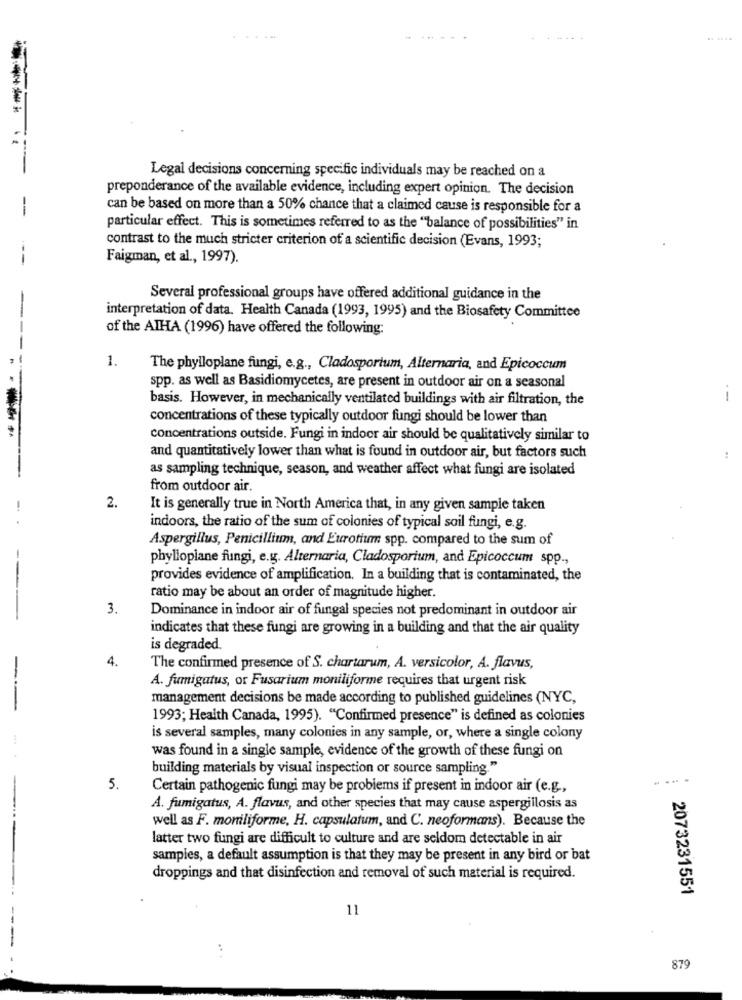
Legal decisions concerning specific individuals may be reached on a
preponderance of the available evidence, including expert opinion. The decision
can be based on more than a 50% chance that a claimed cause is responsible for a
--
particular effect. This is sometimes referred to as the ""balance of possibilities" in
contrast to the much stricter criterion of a scientific decision (Evans, 1993;
---
Faigman, et al ., 1997).
Several professional groups have offered additional guidance in the
interpretation of data. Health Canada (1993, 1995) and the Biosafety Committee
of the AIHA (1996) have offered the following:
---
-
1.
The phylloplane fungi, e.g ., Cladosportum, Alternaria, and Epicoccum
spp. as well as Basidiomycetes, are present in outdoor air on a seasonal
basis. However, in mechanically ventilated buildings with air filtration, the
--
concentrations of these typically outdoor fungi should be lower than
concentrations outside. Fungi in indoor air should be qualitatively similar to
and quantitatively lower than what is found in outdoor air, but factors such
as sampling technique, season, and weather affect what fungi are isolated
from outdoor air.
2.
It is generally true in North America that, in any given sample taken
indoors, the ratio of the sum of colonies of typical soil fungi, e.g.
Aspergillus, Penicillium, and Eurotium spp. compared to the sum of
phylloplane fungi, e.g. Alternaria, Cladosporium, and Epicoccum spp .,
-
provides evidence of amplification. In a building that is contaminated, the
ratio may be about an order of magnitude higher.
3.
Dominance in indoor air of fungal species not predominant in outdoor air
indicates that these fungi are growing in a building and that the air quality
is degraded.
4.
The confirmed presence of S. chartarum, A. versicolor, A. flavus,
-
A. fumigatus, or Fusarium moniliforme requires that urgent risk
-
management decisions be made according to published guidelines (NYC,
1993; Health Canada, 1995). "Confirmed presence" is defined as colonies
is several samples, many colonies in any sample, or, where a single colony
was found in a single sample, evidence of the growth of these fungi on
building materials by visual inspection or source sampling."
-
5.
Certain pathogenic fungi may be problems if present in indoor air (e.g .,
A. fumigatus, A. flavus, and other species that may cause aspergillosis as
well as F. moniliforme, H. capsulatum, and C. neoformans). Because the
latter two fungi are difficult to culture and are seldom detectable in air
samples, a default assumption is that they may be present in any bird or bat
droppings and that disinfection and removal of such material is required.
2073231551
11
879